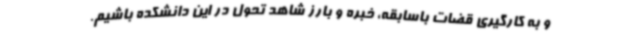
و به کارگیری قضات باسابقه، خبره و بارز شاهد تحول در این دانشکده باشیم.